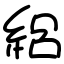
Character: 絽